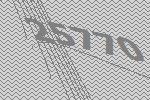
25770